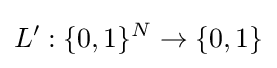
L':\{0,1\}^{N}\rightarrow \{0,1\}